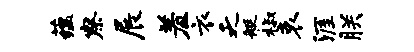
蕴察展羞衣乏艇椒哀涯朕